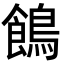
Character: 𪂾